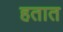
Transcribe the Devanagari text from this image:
हतात